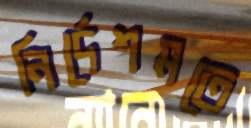
নির্দেশমতে